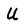
Character: U